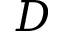
D